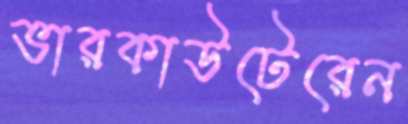
ভারকাউটেরেন